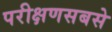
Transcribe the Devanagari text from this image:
परीक्षणसबसे